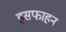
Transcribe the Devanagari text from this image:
इसफाहन